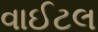
વાઈટલ